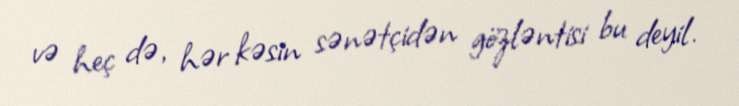
və heç də, hər kəsin sənətçidən gözləntisi bu deyil.